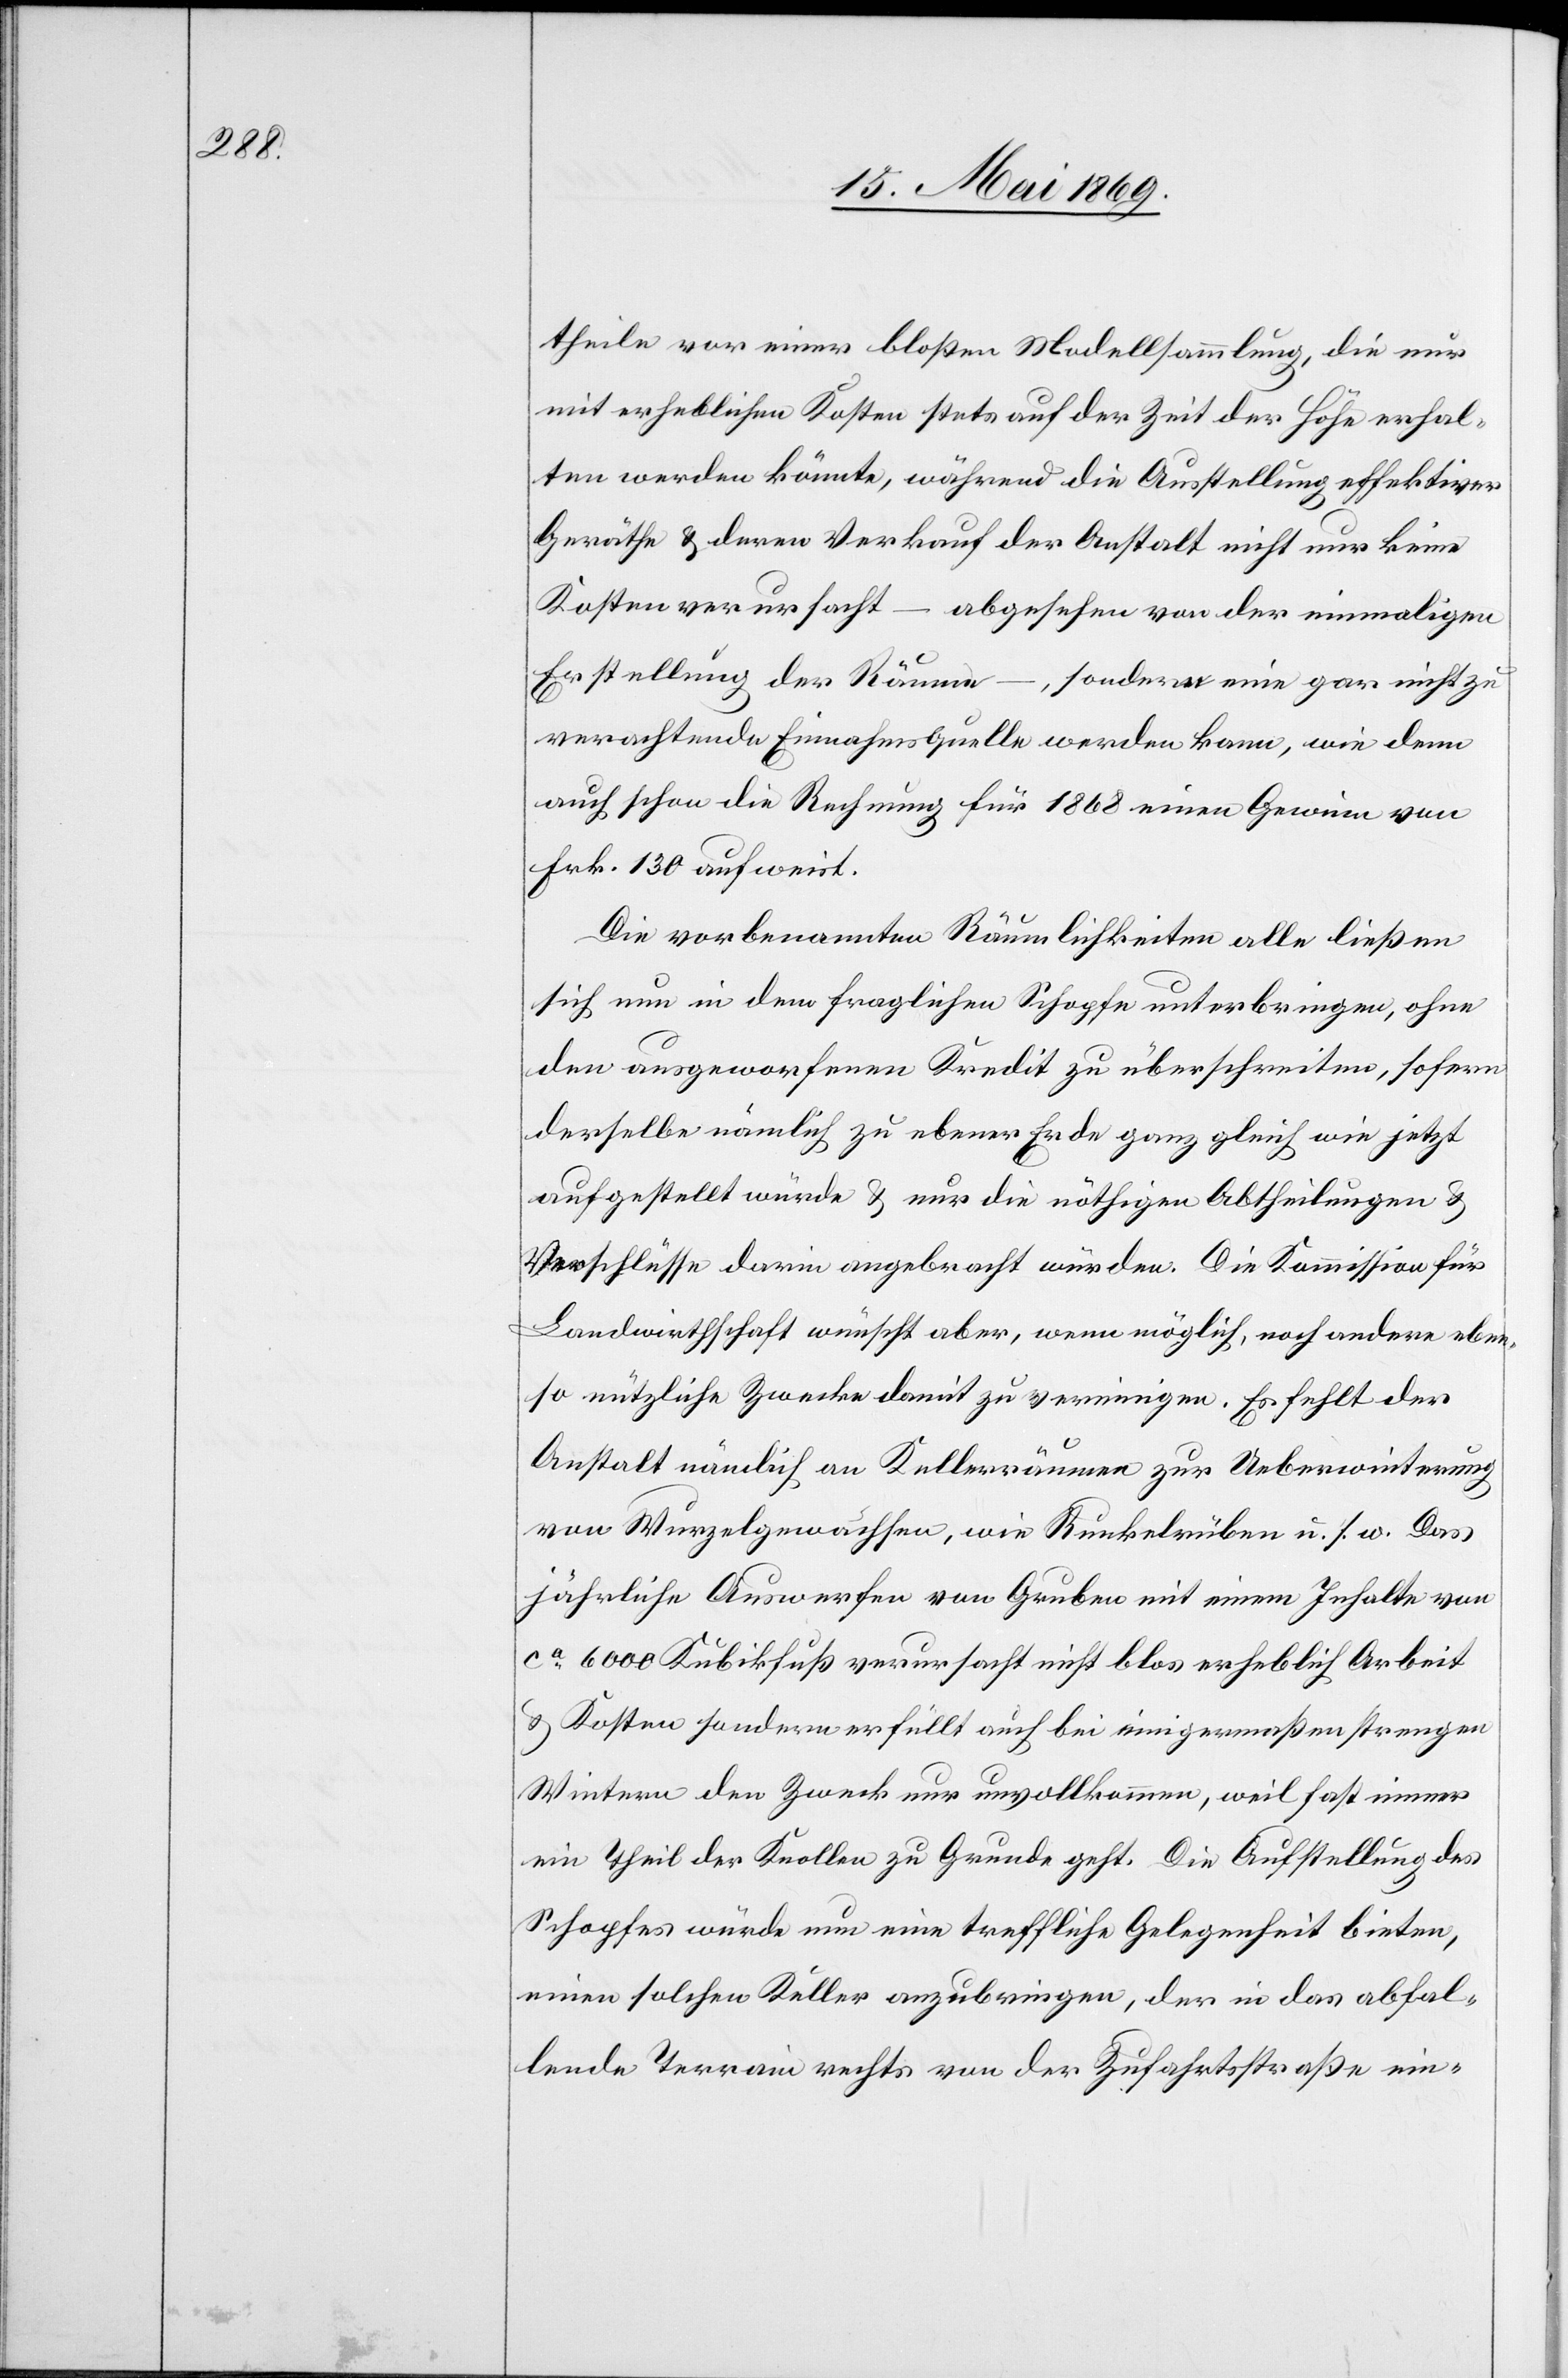
theile vor einer bloßen Modellsammlung, die nur
mit erheblichen Kosten stets auf der Zeit der Höhe erhal¬
ten werden könnte, während die Ausstellung effektiver
Geräthe u. deren Verkauf der Anstalt nicht nur keine
Kosten verursacht – abgesehen von der einmaligen
Erstellung der Räume –, sondern eine gar nicht zu
verachtende Einnahmsquelle werden kann, wie denn
auch schon die Rechnung für 1868 einen Gewinn von
Frk. 130 aufweist.
Die vorbenannten Räumlichkeiten alle ließen
sich nun in dem fraglichen Schopfe unterbringen, ohne
den ausgeworfenen Kredit zu überschreiten, sofern
derselbe nämlich zu ebener Erde ganz gleich wie jetzt
aufgestellt würde u. nur die nöthigen Abtheilungen u.
Verschlüsse darin angebracht würden. Die Kommission für
Landwirthschaft wünscht aber, wenn möglich, noch andere eben¬
so nützliche Zwecke damit zu vereinigen. Es fehlt der
Anstalt nämlich an Kellerräumen zur Ueberwinterung
von Wurzelgewächsen, wie Runkelrüben u. s. w. Das
jährliche Auswerfen von Gruben mit einem Inhalte von
ca 6000 Kubikfuß verursacht nicht blos erheblich Arbeit
u. Kosten sondern erfüllt auch bei einigermaßen strengen
Wintern den Zweck nur unvollkommen, weil fast immer
ein Theil der Knollen zu Grunde geht. Die Aufstellung des
Schopfes würde nun eine treffliche Gelegenheit bieten,
einen solchen Keller anzubringen, der in das abfal¬
lende Terrain rechts von der Zufahrtsstraße ein-